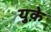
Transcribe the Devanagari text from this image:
युक़े